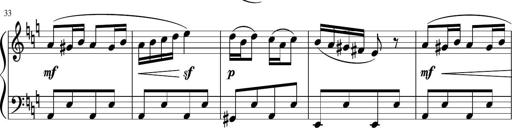
Title: 4 Sonatinas
Composer: Jacob Schmitt